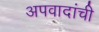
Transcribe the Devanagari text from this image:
अपवादांची